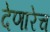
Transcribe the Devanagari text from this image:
देणारेच